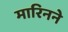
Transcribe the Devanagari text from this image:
मारिनने